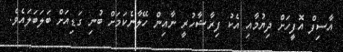
އާސިފް އޮފީހަށް ދިޔުމާއި އެކު ފިރާޝާހުރީ ނާއިން ހޭލާނެކަމަށް ބުނި ގަޑިއަށް ބަލަބަލައެވެ.